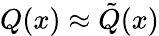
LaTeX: Q(x)\approx{\tilde{Q}}(x)